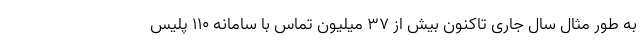
به طور مثال سال جاری تاکنون بیش از ۳۷ میلیون تماس با سامانه ۱۱۰ پلیس